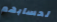
لحسابهم